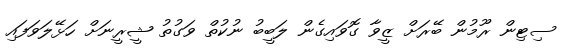
ސިޓިން ރޫމުން ބޭރަށް ޒީވާ ގޮވައިގެން ލަބީބު ނުކުތް ވަގުތު ޝީރީނަށް ހަޅޭލަވަފައި